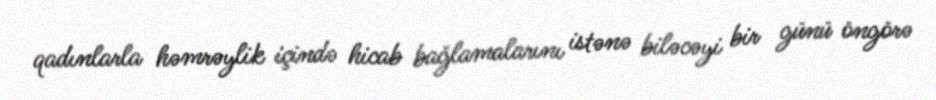
qadınlarla həmrəylik içində hicab bağlamalarını istənə biləcəyi bir günü öngörə